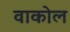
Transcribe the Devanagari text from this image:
वाकोल